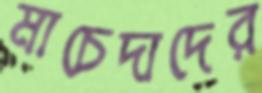
মাচেদাদের